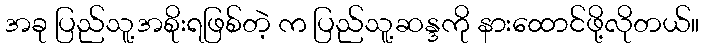
အခု ပြည်သူ့အစိုးရဖြစ်တဲ့ က ပြည်သူ့ဆန္ဒကို နားထောင်ဖို့လိုတယ်။